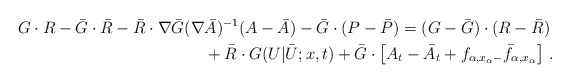
\begin{align*}G\cdot R-\bar G\cdot \bar R-\bar R\cdot \nabla\bar G(\nabla& \bar A)^{-1} (A-\bar A)-\bar G \cdot (P-\bar P)=(G-\bar G) \cdot (R-\bar R) \\&+\bar R \cdot G(U|\bar U;x,t)+\bar G\cdot \left[ A_t-\bar A_t+f_{\alpha,x_\alpha-}\bar f_{\alpha,x_\alpha}\right]\,.\end{align*}